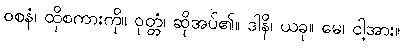
ဝစနံ၊ ထိုစကားကို။ ဝုတ္တံ၊ ဆိုအပ်၏။ ဒါနိ၊ ယခု။ မေ၊ ငါ့အား။